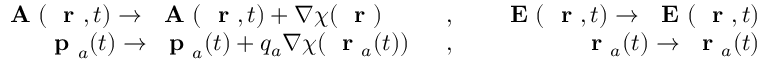
\begin{array} { r l r } { \mathrm { ~ \bf ~ A ~ } ( \mathrm { ~ \bf ~ r ~ } , t ) \to \mathrm { ~ \bf ~ A ~ } ( \mathrm { ~ \bf ~ r ~ } , t ) + \nabla \chi ( \mathrm { ~ \bf ~ r ~ } ) \; \; \; \; \; \; } & { { } , } & { \; \; \, \mathrm { ~ \bf ~ E ~ } ( \mathrm { ~ \bf ~ r ~ } , t ) \to \mathrm { ~ \bf ~ E ~ } ( \mathrm { ~ \bf ~ r ~ } , t ) } \\ { \; \; \; \mathrm { ~ \bf ~ p ~ } _ { a } ( t ) \to \mathrm { ~ \bf ~ p ~ } _ { a } ( t ) + q _ { a } \nabla \chi ( \mathrm { ~ \bf ~ r ~ } _ { a } ( t ) ) \; \; } & { { } , } & { \; \; \; \mathrm { ~ \bf ~ r ~ } _ { a } ( t ) \to \mathrm { ~ \bf ~ r ~ } _ { a } ( t ) } \end{array}